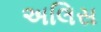
અલિસ